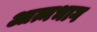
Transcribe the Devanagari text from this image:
आत्मभाग